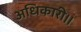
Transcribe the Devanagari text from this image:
अधिकारी।।